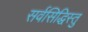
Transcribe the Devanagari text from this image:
सर्वसिद्धिस्तु